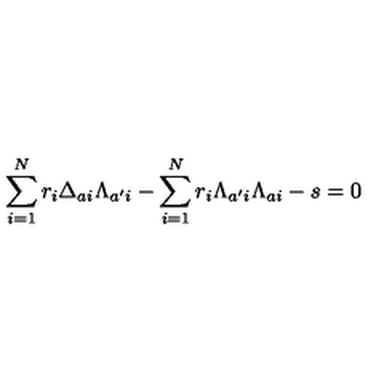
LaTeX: \sum _ { i = 1 } ^ { N } r _ { i } \Delta _ { a i } \Lambda _ { a ^ { \prime } i } - \sum _ { i = 1 } ^ { N } r _ { i } \Lambda _ { a ^ { \prime } i } \Lambda _ { a i } - s = 0